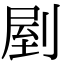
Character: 剭